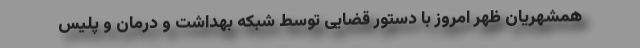
همشهریان ظهر امروز با دستور قضایی توسط شبکه بهداشت و درمان و پلیس